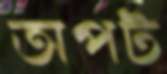
অপট